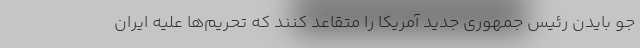
جو بایدن رئیس جمهوری جدید آمریکا را متقاعد کنند که تحریم‌ها علیه ایران